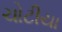
ચોટીયા